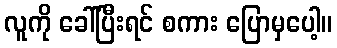
လူကို ခေါ်ပြီးရင် စကား ပြောမှပေါ့။